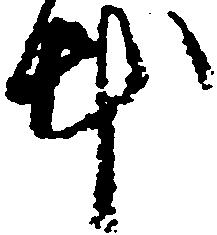
本